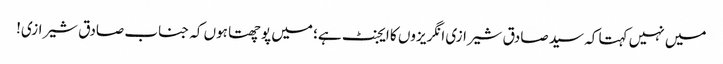
میں نہیں کہتا کہ سید صادق شیرازی انگریزوں کا ایجنٹ ہے؛ میں پوچھتا ہوں کہ جناب صادق شیرازی!